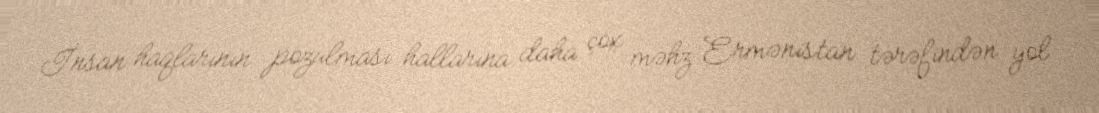
İnsan haqlarının pozulması hallarına daha çox məhz Ermənistan tərəfindən yol